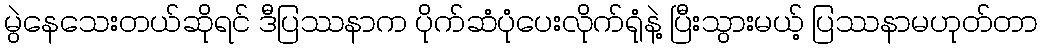
မွဲနေသေးတယ်ဆိုရင် ဒီပြဿနာက ပိုက်ဆံပုံပေးလိုက်ရုံနဲ့ ပြီးသွားမယ့် ပြဿနာမဟုတ်တာ